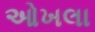
ઓખલા